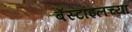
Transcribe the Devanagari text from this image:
बॅस्टाइलच्या